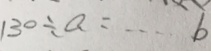
1 3 0 \div a = \cdots b